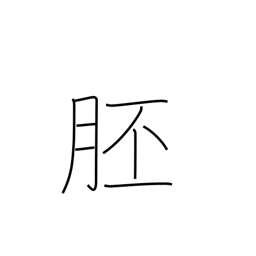
Meaning: embryo